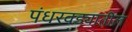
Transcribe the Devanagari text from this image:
पंधरवड्यातील